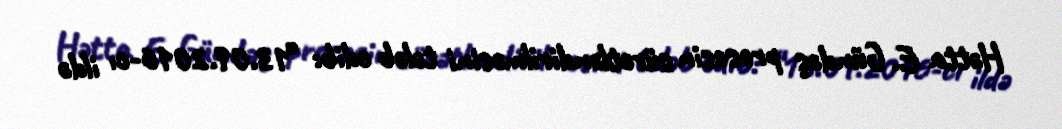
Hətta E. Gündəş prosesin sürətləndirilməsini tələb edib: “13.09.2016-cı ildə